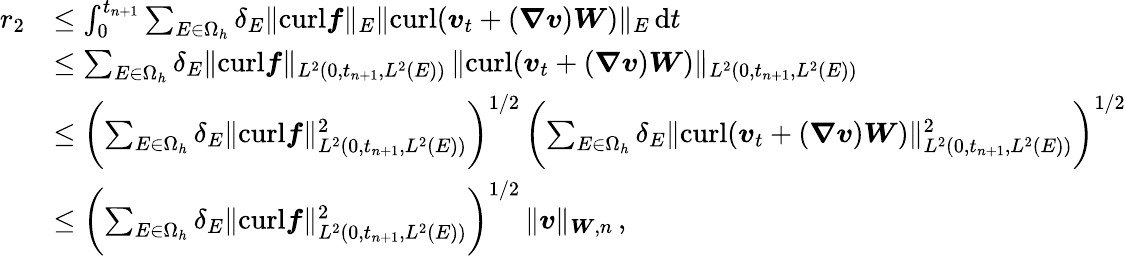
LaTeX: \begin{array}{rl}{r_{2}}&{\leq\int_{0}^{t_{n+1}}\sum_{E\in\Omega_{h}}\delta_{E}\| {\mathrm{curl}}\boldsymbol{f}\| _{E}\| {\mathrm{curl}}(\boldsymbol{v}_{t}+(\boldsymbol{\nabla}\boldsymbol{v})\boldsymbol{W})\| _{E}\, \mathrm{d}t}\\ &{\leq\sum_{E\in\Omega_{h}}\delta_{E}\| {\mathrm{curl}}\boldsymbol{f}\| _{L^{2}(0,t_{n+1},L^{2}(E))}\, \| {\mathrm{curl}}(\boldsymbol{v}_{t}+(\boldsymbol{\nabla}\boldsymbol{v})\boldsymbol{W})\| _{L^{2}(0,t_{n+1},L^{2}(E))}}\\ &{\leq\biggl(\sum_{E\in\Omega_{h}}\delta_{E}\| {\mathrm{curl}}\boldsymbol{f}\| _{L^{2}(0,t_{n+1},L^{2}(E))}^{2}\biggr)^{1/2}\, \biggl(\sum_{E\in\Omega_{h}}\delta_{E}\| {\mathrm{curl}}(\boldsymbol{v}_{t}+(\boldsymbol{\nabla}\boldsymbol{v})\boldsymbol{W})\| _{L^{2}(0,t_{n+1},L^{2}(E))}^{2}\biggr)^{1/2}}\\ &{\leq\biggl(\sum_{E\in\Omega_{h}}\delta_{E}\| {\mathrm{curl}}\boldsymbol{f}\| _{L^{2}(0,t_{n+1},L^{2}(E))}^{2}\biggr)^{1/2}\, \| \boldsymbol{v}\| _{\boldsymbol{W},n}\, ,}\end{array}